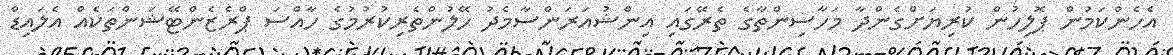
އެހެންކަމުން ޕޮލިހުން ކުރިޔަށްގެންދާ މަހާސިންތާގެ ތެރޭގައި އިންޝުއަރަންސާމެދު ހޭލުންތެރިކުރުމުގެ ހާއްސަ ޕްރެޒެންޓޭޝަންތަކެއް އެލައިޑް